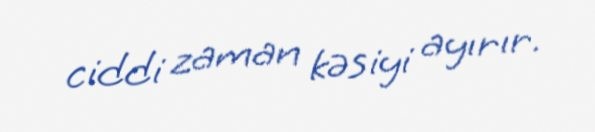
ciddi zaman kəsiyi ayırır.